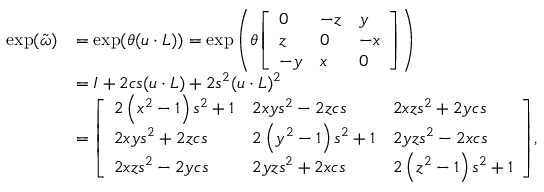
{ \begin{array} { r l } { \exp ( { \tilde { \boldsymbol { \omega } } } ) } & { = \exp ( \theta ( { \boldsymbol { u \cdot L } } ) ) = \exp \left( \theta { \left[ \begin{array} { l l l } { 0 } & { - z } & { y } \\ { z } & { 0 } & { - x } \\ { - y } & { x } & { 0 } \end{array} \right] } \right) } \\ & { = { \boldsymbol { I } } + 2 c s ( { \boldsymbol { u \cdot L } } ) + 2 s ^ { 2 } ( { \boldsymbol { u \cdot L } } ) ^ { 2 } } \\ & { = { \left[ \begin{array} { l l l } { 2 \left( x ^ { 2 } - 1 \right) s ^ { 2 } + 1 } & { 2 x y s ^ { 2 } - 2 z c s } & { 2 x z s ^ { 2 } + 2 y c s } \\ { 2 x y s ^ { 2 } + 2 z c s } & { 2 \left( y ^ { 2 } - 1 \right) s ^ { 2 } + 1 } & { 2 y z s ^ { 2 } - 2 x c s } \\ { 2 x z s ^ { 2 } - 2 y c s } & { 2 y z s ^ { 2 } + 2 x c s } & { 2 \left( z ^ { 2 } - 1 \right) s ^ { 2 } + 1 } \end{array} \right] } , } \end{array} }